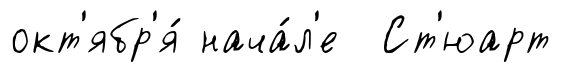
окт'ябр'я́ нача́л'е Ст'юарт